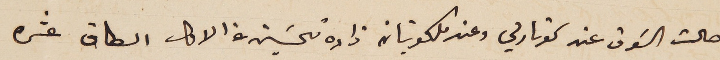
حالت السَوق عند كوتارلي وعند ملكونيان زاده تحسَين عن الاول الطاق عشره